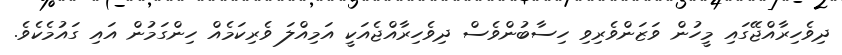
ދިވެހިރާއްޖޭގައި މީހުން ވަޒަންވެރިވި ހިސާބުންވެސް ދިވެހިރާއްޖެއަކީ އަމިއްލަ ވެރިކަމެއް ހިންގަމުން އައި ގައުމެކެވެ.